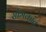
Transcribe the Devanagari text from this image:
सोमकांत